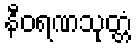
နီဝရဏသုတ္တံ